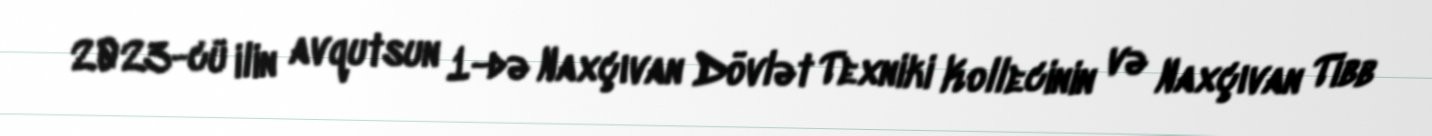
2023-cü ilin avqutsun 1-də Naxçıvan Dövlət Texniki Kollecinin və Naxçıvan Tibb